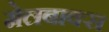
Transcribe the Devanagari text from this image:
मेलबाक्स